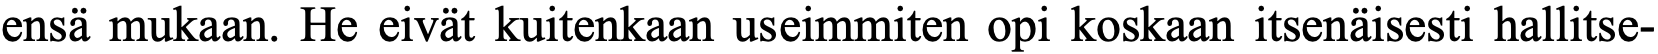
ensä mukaan. He eivät kuitenkaan useimmiten opi koskaan itsenäisesti hallitse-